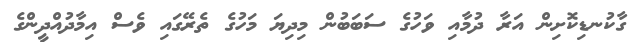
ގާކުނޑިކޮށިން އަރާ ދުމާއި ވަހުގެ ސަބަބުން މިދިޔަ މަހުގެ ތެރޭގައި ވެސް އިމާދުއްދީންގެ